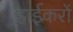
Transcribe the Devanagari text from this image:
हाईकरों